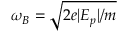
\omega _ { B } = \sqrt { 2 e \vert E _ { p } \vert / m }